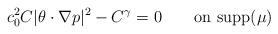
LaTeX: \begin{align*} c_0^2 C|\theta\cdot\nabla p|^2 - C^\gamma = 0 \qquad\mbox{on supp}(\mu)\end{align*}